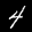
Label: 4